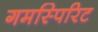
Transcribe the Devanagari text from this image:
गमस्पिरिट